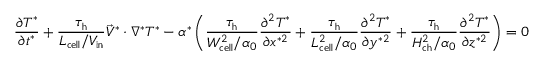
\frac { \partial T ^ { * } } { \partial t ^ { * } } + \boldsymbol { \frac { \tau _ { \mathrm { h } } } { L _ { \mathrm { { c e l l } } } / V _ { \mathrm { i n } } } } \vec { V } ^ { * } \cdot \nabla ^ { * } T ^ { * } - \alpha ^ { * } \left( \boldsymbol { \frac { \tau _ { \mathrm { h } } } { W _ { \mathrm { { c e l l } } } ^ { 2 } / \alpha _ { 0 } } } \frac { \partial ^ { 2 } T ^ { * } } { \partial x ^ { * 2 } } + \boldsymbol { \frac { \tau _ { \mathrm { h } } } { L _ { \mathrm { { c e l l } } } ^ { 2 } / \alpha _ { 0 } } } \frac { \partial ^ { 2 } T ^ { * } } { \partial y ^ { * 2 } } + \boldsymbol { \frac { \tau _ { \mathrm { h } } } { H _ { \mathrm { { c h } } } ^ { 2 } / \alpha _ { 0 } } } \frac { \partial ^ { 2 } T ^ { * } } { \partial z ^ { * 2 } } \right) = 0